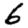
Digit: 6